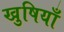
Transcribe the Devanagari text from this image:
खुषियाँ